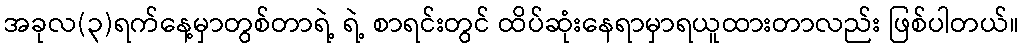
အခုလ(၃)ရက်နေ့မှာတွစ်တာရဲ့ ရဲ့ စာရင်းတွင် ထိပ်ဆုံးနေရာမှာရယူထားတာလည်း ဖြစ်ပါတယ်။